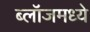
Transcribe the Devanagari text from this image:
ब्लॉजमध्ये